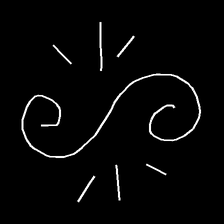
Glyph: wind-directs-air